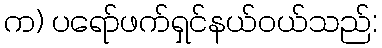
က) ပရော်ဖက်ရှင်နယ်ဝယ်သည်: